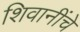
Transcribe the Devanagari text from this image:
शिवानींचे